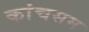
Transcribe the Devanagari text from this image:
कांचसम